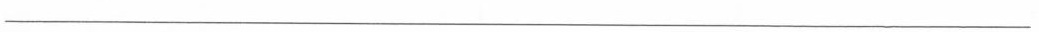
___